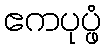
ဧကပုပ္ဖံ